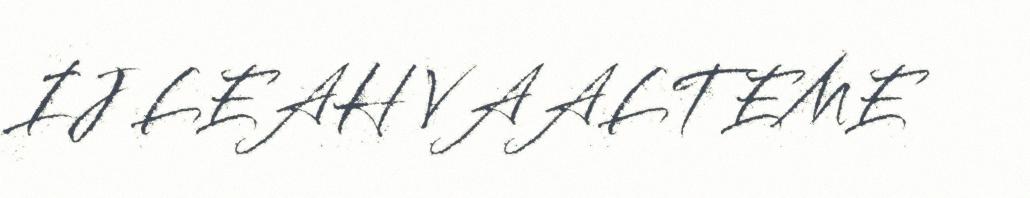
IJ LEAH VAALTEME